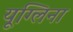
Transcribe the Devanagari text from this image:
यूग्लिना